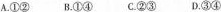
A.①② B.①④ C.②③ D.③④